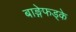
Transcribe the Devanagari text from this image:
बाङ्गेफड्के